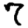
Digit: 7